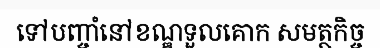
ទៅបញ្ចាំនៅខណ្ឌទួលគោក សមត្ថកិច្ច